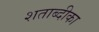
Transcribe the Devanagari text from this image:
शताब्दीका